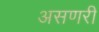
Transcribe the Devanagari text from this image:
असणरी